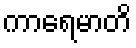
ကာရေမာတိ